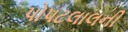
પોપટલાલની